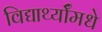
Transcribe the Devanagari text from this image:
विद्यार्थ्याँमधे